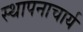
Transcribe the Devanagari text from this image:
स्थापनाचार्य